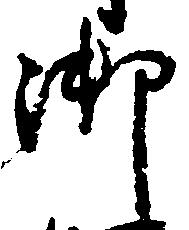
御